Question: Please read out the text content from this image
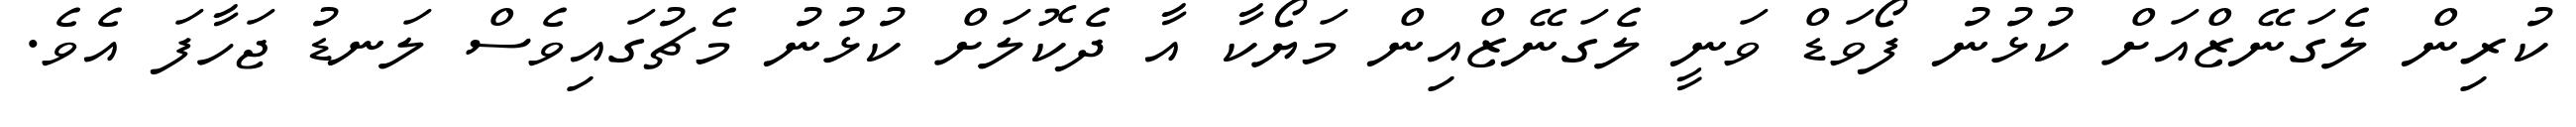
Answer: ކުރިން ލެގަނޭޒްއަށް ކުޅުނު ފޯވަޑް ވަނީ ލެގަނޭޒްއިން މަޔޯކާ އާ ދެކޮލަށް ކުޅުނު މެޗުގައިވެސް ލަނޑު ޖަހާފަ އެވެ.